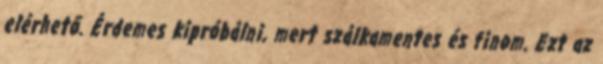
elérhető. Érdemes kipróbálni, mert szálkamentes és finom. Ezt az